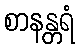
စာနန္တရံ